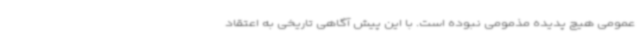
عمومی هیچ پدیده مذمومی نبوده است. با این پیش آگاهی تاریخی به اعتقاد